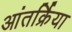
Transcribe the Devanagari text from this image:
आंतर्क्रिया